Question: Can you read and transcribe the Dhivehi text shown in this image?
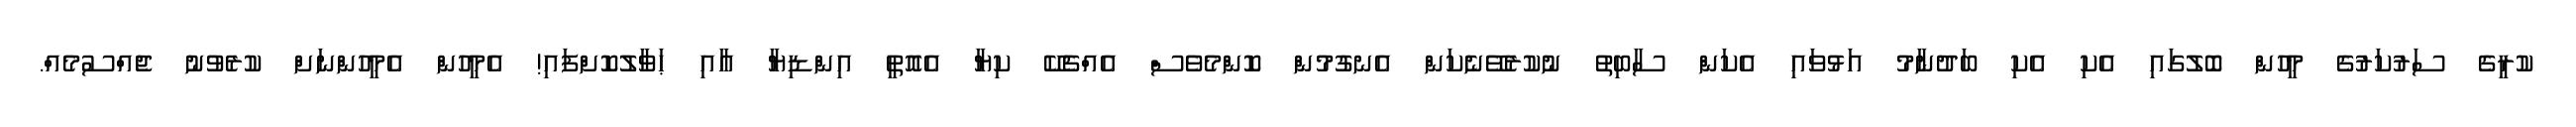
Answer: ކުރީގެ ސަރުކަރުގެ މީހުން ބޮލުގައި އެކި އެކި ބަދުނާމު އަޅުވައި އެކަން ސާބިތު ނުކުރެވޭނެކަން އެނގުމުން ކޮންމެވެސް އެއްޗެކޭ ކިޔާ އެއޮތީ އިންޑިޔާ އާއި ޙަވާލުކޮށްފައި! އެމީހުން އެމީހުންނަށް ކުރެވުނު ޖެއްސުމެއް.